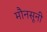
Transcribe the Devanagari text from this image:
मौनसूनी